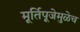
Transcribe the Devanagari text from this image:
मूर्तिपूजेमुळेच